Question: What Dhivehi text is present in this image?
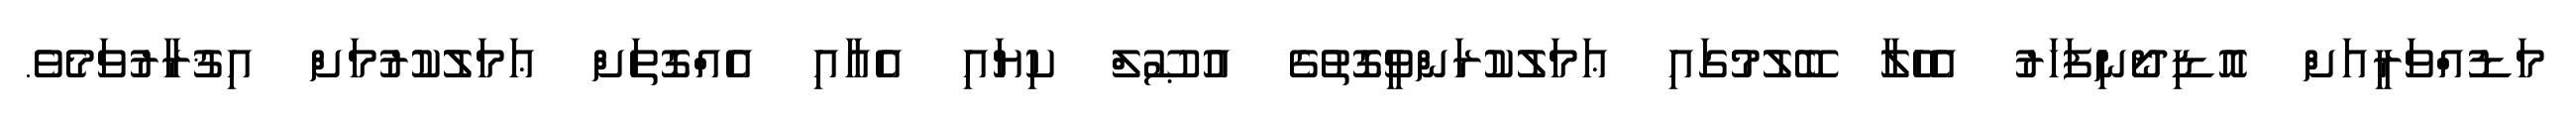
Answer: މަޑުއްވަރީއަށް އޮޑިދޯނިފަހަރު އެހެލާ ބޭލުމުގައި ޢަމަލުކުރަންވީގޮތުގެ އުޞޫލް ކިޔައި އެއާއި އެއްގޮތަށް ޢަމަލުކުރުމަށް އިޤުރާރުވަމެވެ.